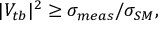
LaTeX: | V _ { t b } | ^ { 2 } \ge \sigma _ { m e a s } / \sigma _ { S M } ,